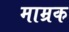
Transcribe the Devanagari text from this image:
माम्रक